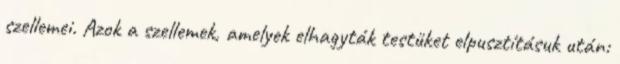
szellemei. Azok a szellemek, amelyek elhagyták testüket elpusztításuk után: